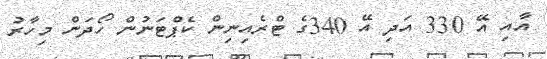
އާއި އޭ 330 އަދި އޭ 340ގެ ޓްރެއިނިން ކެޕްޓަނުން ހޯދަން މިހާރު